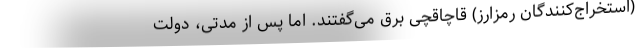
(استخراج‌کنندگان رمزارز) قاچاقچی برق می‌گفتند. اما پس از مدتی، دولت